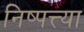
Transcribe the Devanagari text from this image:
निष्पत्त्या